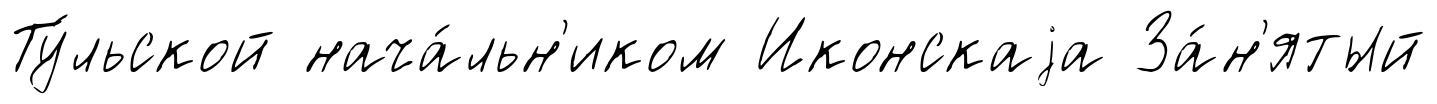
Ту́льской нача́льн'иком Иконскаjа За́н'ятый